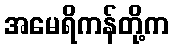
အမေရိကန်တို့က